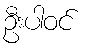
ဦးပါဝင်